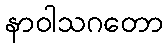
နာဝါသဂတော